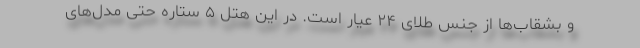
و بشقاب‌ها از جنس طلای ۲۴ عیار است. در این هتل ۵ ستاره حتی مدل‌های